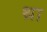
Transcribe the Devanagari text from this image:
थ़ा